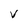
Character: v